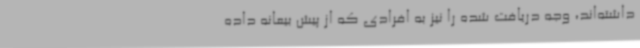
داشته‌اند، وجه دریافت شده را نیز به افرادی که از پیش بیعانه داده